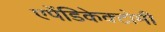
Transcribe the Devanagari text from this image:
एपेंडिकेक्टोमी